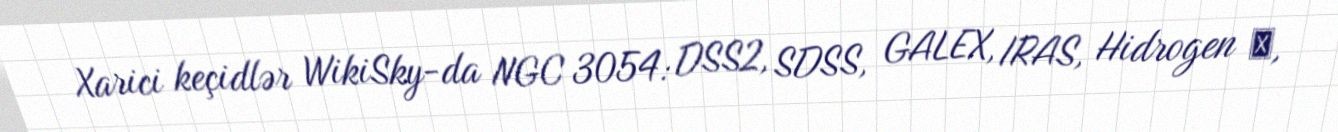
Xarici keçidlər WikiSky-da NGC 3054: DSS2, SDSS, GALEX, IRAS, Hidrogen α,